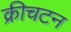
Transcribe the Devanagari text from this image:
क्रीचटन